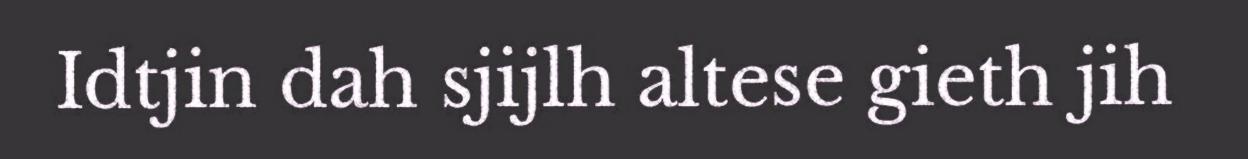
Idtjin dah sjijlh altese gieth jih